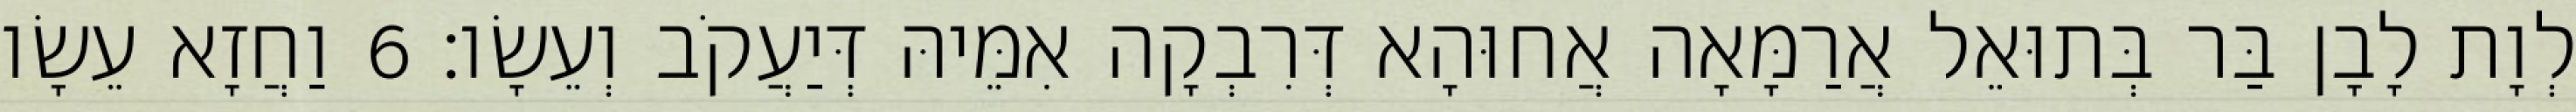
לְוָת לָבָן בַּר בְּתוּאֵל אֲרַמָּאָה אֲחוּהָא דְּרִבְקָה אִמֵּיהּ דְּיַעֲקֹב וְעֵשָׂו׃ 6 וַחֲזָא עֵשָׂו